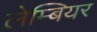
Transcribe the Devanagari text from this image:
लेम्बियर